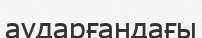
аударғандағы